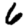
Digit: 6